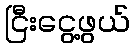
ငြီးငွေ့ဖွယ်